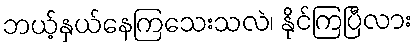
ဘယ့်နှယ်နေကြသေးသလဲ၊ နိုင်ကြပြီလား